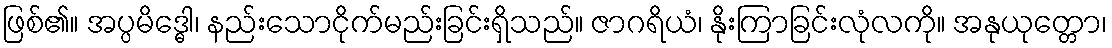
ဖြစ်၏။ အပ္ပမိဒ္ဓေါ၊ နည်းသောငိုက်မည်းခြင်းရှိသည်။ ဇာဂရိယံ၊ နိုးကြာခြင်းလုံလကို။ အနုယုတ္တော၊